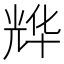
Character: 𱏩